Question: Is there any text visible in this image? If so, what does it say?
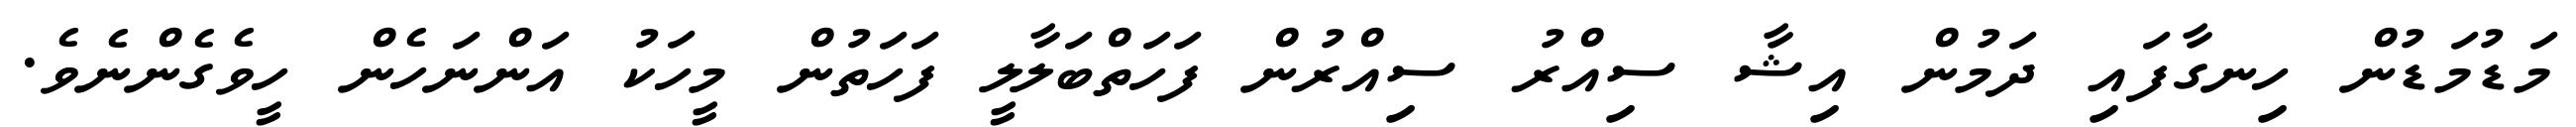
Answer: މަޑުމަޑުން ހިނގާފައި ދަމުން އިޝާ ސިއްރު ސިއްރުން ފަހަތްބަލާލީ ފަހަތުން މީހަކު އަންނަހެން ހީވެގެންނެވެ.